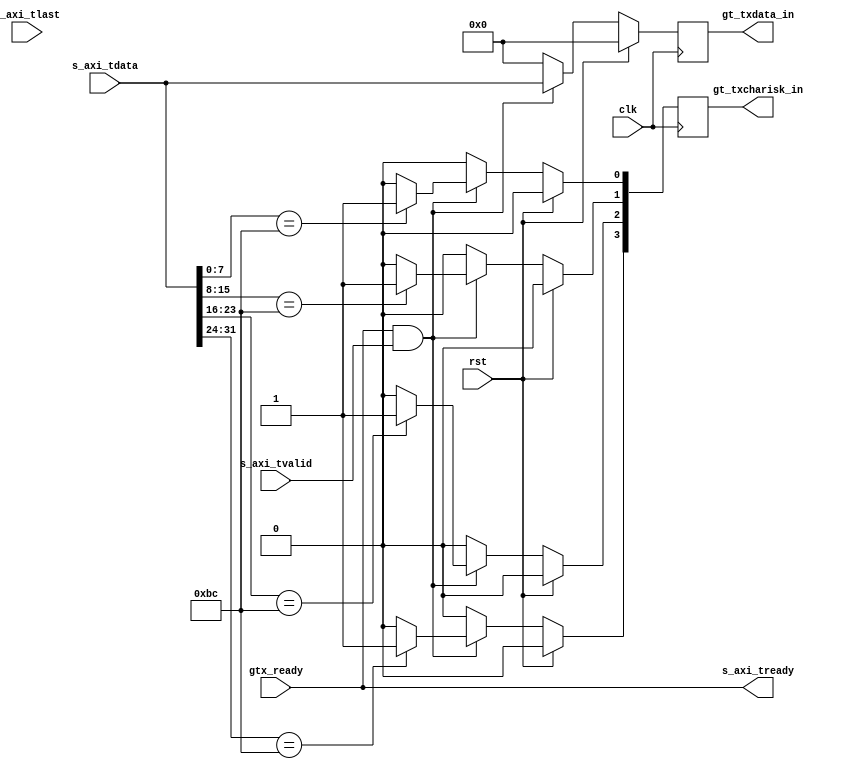
/*=============================================================================
# FileName    :	transceiver_write.v
# Author      :	author
# Email       :	email@email.com
# Description :	
                32h03020100, 8'h008B/10B()8'h01, 8'h02, 8'h03
                113ns(112.997ns)
                RD8B/10B
# Version     :	1.0
# LastChange  :	2018-07-22 16:01:31
# ChangeLog   :	
=============================================================================*/

`timescale  1 ns/1 ps

module transceiver_write
(
    input   wire                clk,
    input   wire                rst,
    /*port*/

    input   wire                gtx_ready,
    input   wire                s_axi_tvalid,
    input   wire                s_axi_tlast,
    output  wire                s_axi_tready,
    input   wire [31:00]        s_axi_tdata,


    /*
     * gt0_txcharisk_in[0]  gt0_txdata_in[07:00]
     * gt0_txcharisk_in[1]  gt0_txdata_in[15:08]
     * gt0_txcharisk_in[2]  gt0_txdata_in[23:16]
     * gt0_txcharisk_in[3]  gt0_txdata_in[31:24]
     * gt0_txdata_in[07:00]8'BC(K28.5), gt0_txcharisk_in[0] = 1
     */
    output  reg  [31:00]        gt_txdata_in,
    output  reg  [03:00]        gt_txcharisk_in
);

assign                  s_axi_tready = gtx_ready;

always @ (posedge clk)
begin
    if(rst)
        gt_txdata_in <= 0;
    else if(s_axi_tready & s_axi_tvalid)
        gt_txdata_in <= s_axi_tdata;
    else
        gt_txdata_in <= 0;
end

always @ (posedge clk)
begin
    if(rst)
        gt_txcharisk_in <= 0;
    else if(s_axi_tready & s_axi_tvalid)
    begin
        if(s_axi_tdata[07:00] == 8'hBC)
            gt_txcharisk_in[0] <= 1;
        else
            gt_txcharisk_in[0] <= 0;

        if(s_axi_tdata[15:08] == 8'hBC)
            gt_txcharisk_in[1] <= 1;
        else
            gt_txcharisk_in[1] <= 0;

        if(s_axi_tdata[23:16] == 8'hBC)
            gt_txcharisk_in[2] <= 1;
        else
            gt_txcharisk_in[2] <= 0;
        
        if(s_axi_tdata[31:24] == 8'hBC)
            gt_txcharisk_in[3] <= 1;
        else
            gt_txcharisk_in[3] <= 0;
    end
    else
        gt_txcharisk_in <= 0;
end
endmodule